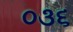
૦૩૬